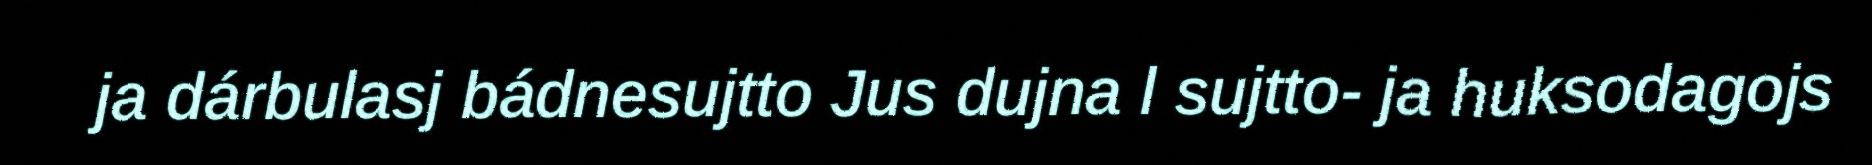
ja dárbulasj bádnesujtto Jus dujna l sujtto- ja huksodagojs